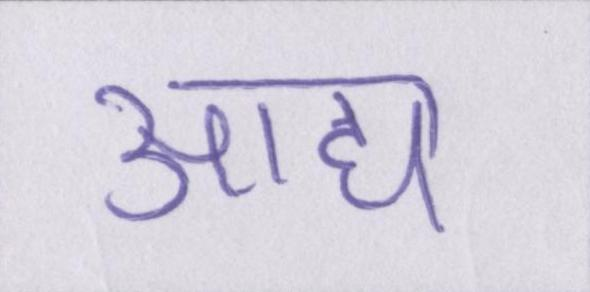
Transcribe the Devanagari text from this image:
आद्य